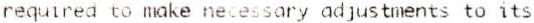
REQUIRED TO MAKE NECESSARY ADJUSTMENTS TO ITS